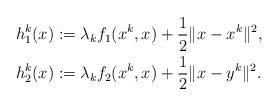
LaTeX: \begin{align*}h_1^k (x) &:= \lambda_k f_1(x^k,x) + \frac{1}{2}\| x-x^k \|^2,\\h_2^k (x) &:= \lambda_k f_2(x^k,x) + \frac{1}{2}\| x-y^k \|^2.\end{align*}